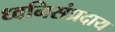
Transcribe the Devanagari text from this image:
ध्वनिसंप्रदाय